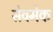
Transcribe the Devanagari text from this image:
सेवमेक